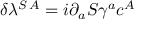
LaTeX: \delta \lambda ^ { S \, A } = i \partial _ { a } S \gamma ^ { a } c ^ { A }